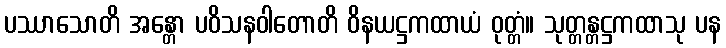
ပဿာသောတိ အန္တော ပဝိသနဝါတောတိ ဝိနယဋ္ဌကထာယံ ဝုတ္တံ။ သုတ္တန္တဋ္ဌကထာသု ပန